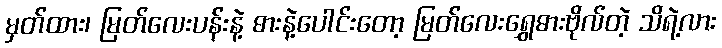
မှတ်ထား၊ မြတ်လေးပန်းနဲ့ ဓားနဲ့ပေါင်းတော့ မြတ်လေးရွှေဓားဗိုလ်တဲ့ သိရဲ့လား